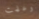
وعلمت